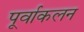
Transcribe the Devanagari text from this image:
पूर्वाकलन